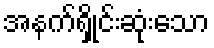
အနက်ရှိုင်းဆုံးသော